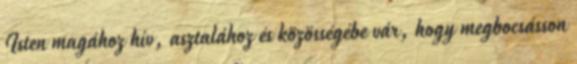
Isten magához hív, asztalához és közösségébe vár, hogy megbocsásson